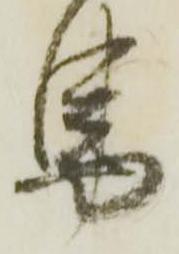
馬